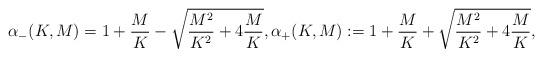
LaTeX: \begin{align*}\alpha_-(K, M) = 1+\frac{M}{K}-\sqrt{\frac{M^{2}}{K^{2}}+4\frac{M}{K}}, \alpha_+(K, M) :=1+\frac{M}{K}+\sqrt{\frac{M^{2}}{K^{2}}+4\frac{M}{K}}, \end{align*}